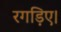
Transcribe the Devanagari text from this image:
रगड़िए।